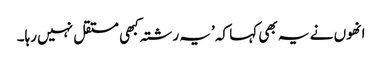
انھوں نے یہ بھی کہا کہ ’یہ رشتہ کبھی مستقل نہیں رہا۔